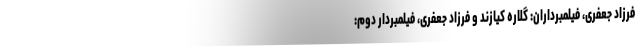
فرزاد جعفری، فیلمبرداران: گلاره کیازند و فرزاد جعفری، فیلمبردار دوم: